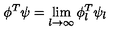
\phi ^ { T } \psi = \lim _ { l \to \infty } \phi _ { l } ^ { T } \psi _ { l }